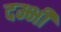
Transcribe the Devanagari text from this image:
दम्भी